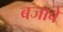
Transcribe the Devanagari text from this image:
बजावे